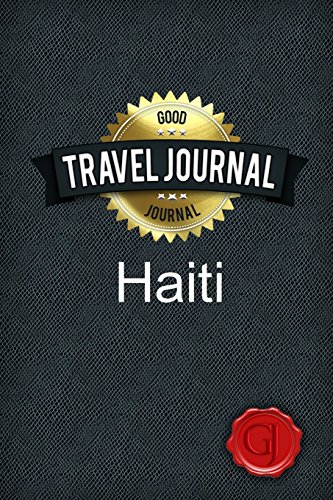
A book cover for Travel Journal Haiti; Good Journal; Travel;